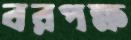
বরপক্ষ